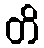
တိ